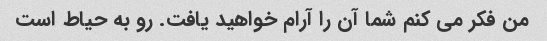
من فکر می کنم شما آن را آرام خواهید یافت. رو به حیاط است